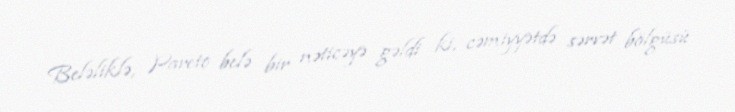
Beləliklə, Pareto belə bir nəticəyə gəldi ki, cəmiyyətdə sərvət bölgüsü